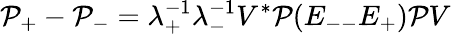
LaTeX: \mathcal{P}_{+}-\mathcal{P}_{-}=\lambda_{+}^{-1}\lambda_{-}^{-1}V^{*}\mathcal{P}(E_{--}E_{+})\mathcal{P}V